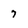
Character: 7